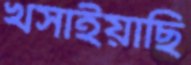
খসাইয়াছি